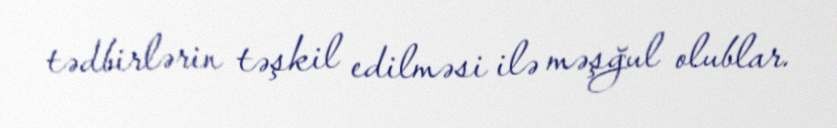
tədbirlərin təşkil edilməsi ilə məşğul olublar.